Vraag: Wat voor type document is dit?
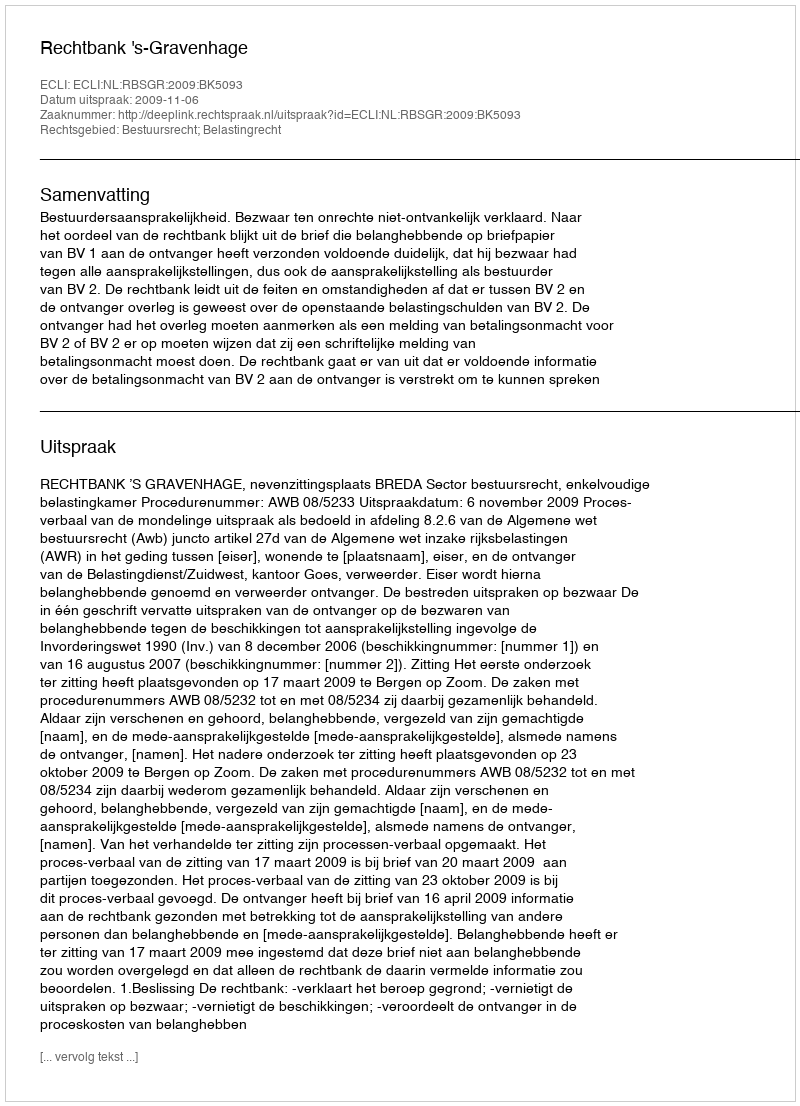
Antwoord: Uitspraak